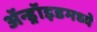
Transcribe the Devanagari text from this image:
ॲन्ड्रॉइडमध्ये